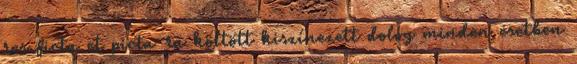
res ficta et picta-ra költött kiszínezett dolog minden esetben